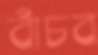
বাঁচব